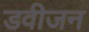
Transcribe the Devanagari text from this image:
डवीजन